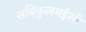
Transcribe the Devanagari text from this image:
सबिकुलमईसी